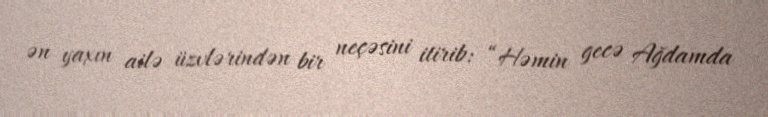
ən yaxın ailə üzvlərindən bir neçəsini itirib: “Həmin gecə Ağdamda